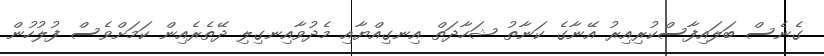
ގެނެސް ބަލައިފާސްކުރިއިރު އޭނާގެ ކަނާތު ޝަހާދަތް އިނގިއްޔާއި މެދުވާއިނގިލި ދޭތެރެއިން ކަމަށްވެސް ފުލުހުން